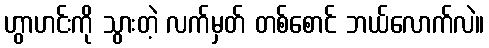
ဟွာဟင်းကို သွားတဲ့ လက်မှတ် တစ်စောင် ဘယ်လောက်လဲ။